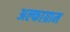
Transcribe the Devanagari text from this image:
अल्फाग्राम